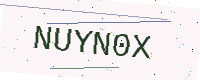
Text: NUYN0X